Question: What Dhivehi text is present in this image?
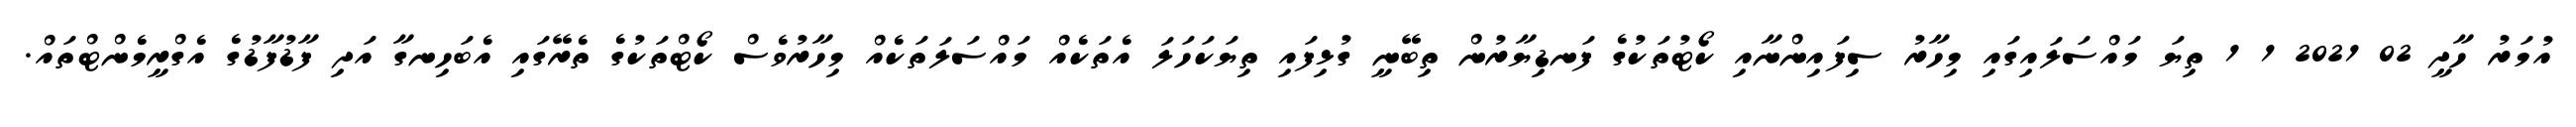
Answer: އުމަރު ހާދީ 02 2021 1 1 ތިޔަ މައްސަލައިގައި މިހާރު ސިފައިންނާއި ކޯޓުތަކުގެ ފަނޑިޔާރުން ތިބޭނީ ގުޅިފައި ތިޔަކަހަލަ އެތަކެއް މައްސަލަތަކެއް މިހާރުވެސް ކޯޓްތަކުގެ ތެރޭގައި އެބަހިނގާ އަދި ފާޑުފާޑުގެ އެގްރީމެންޓްތައް.